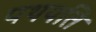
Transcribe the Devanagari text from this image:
पथपति